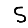
Digit: 5